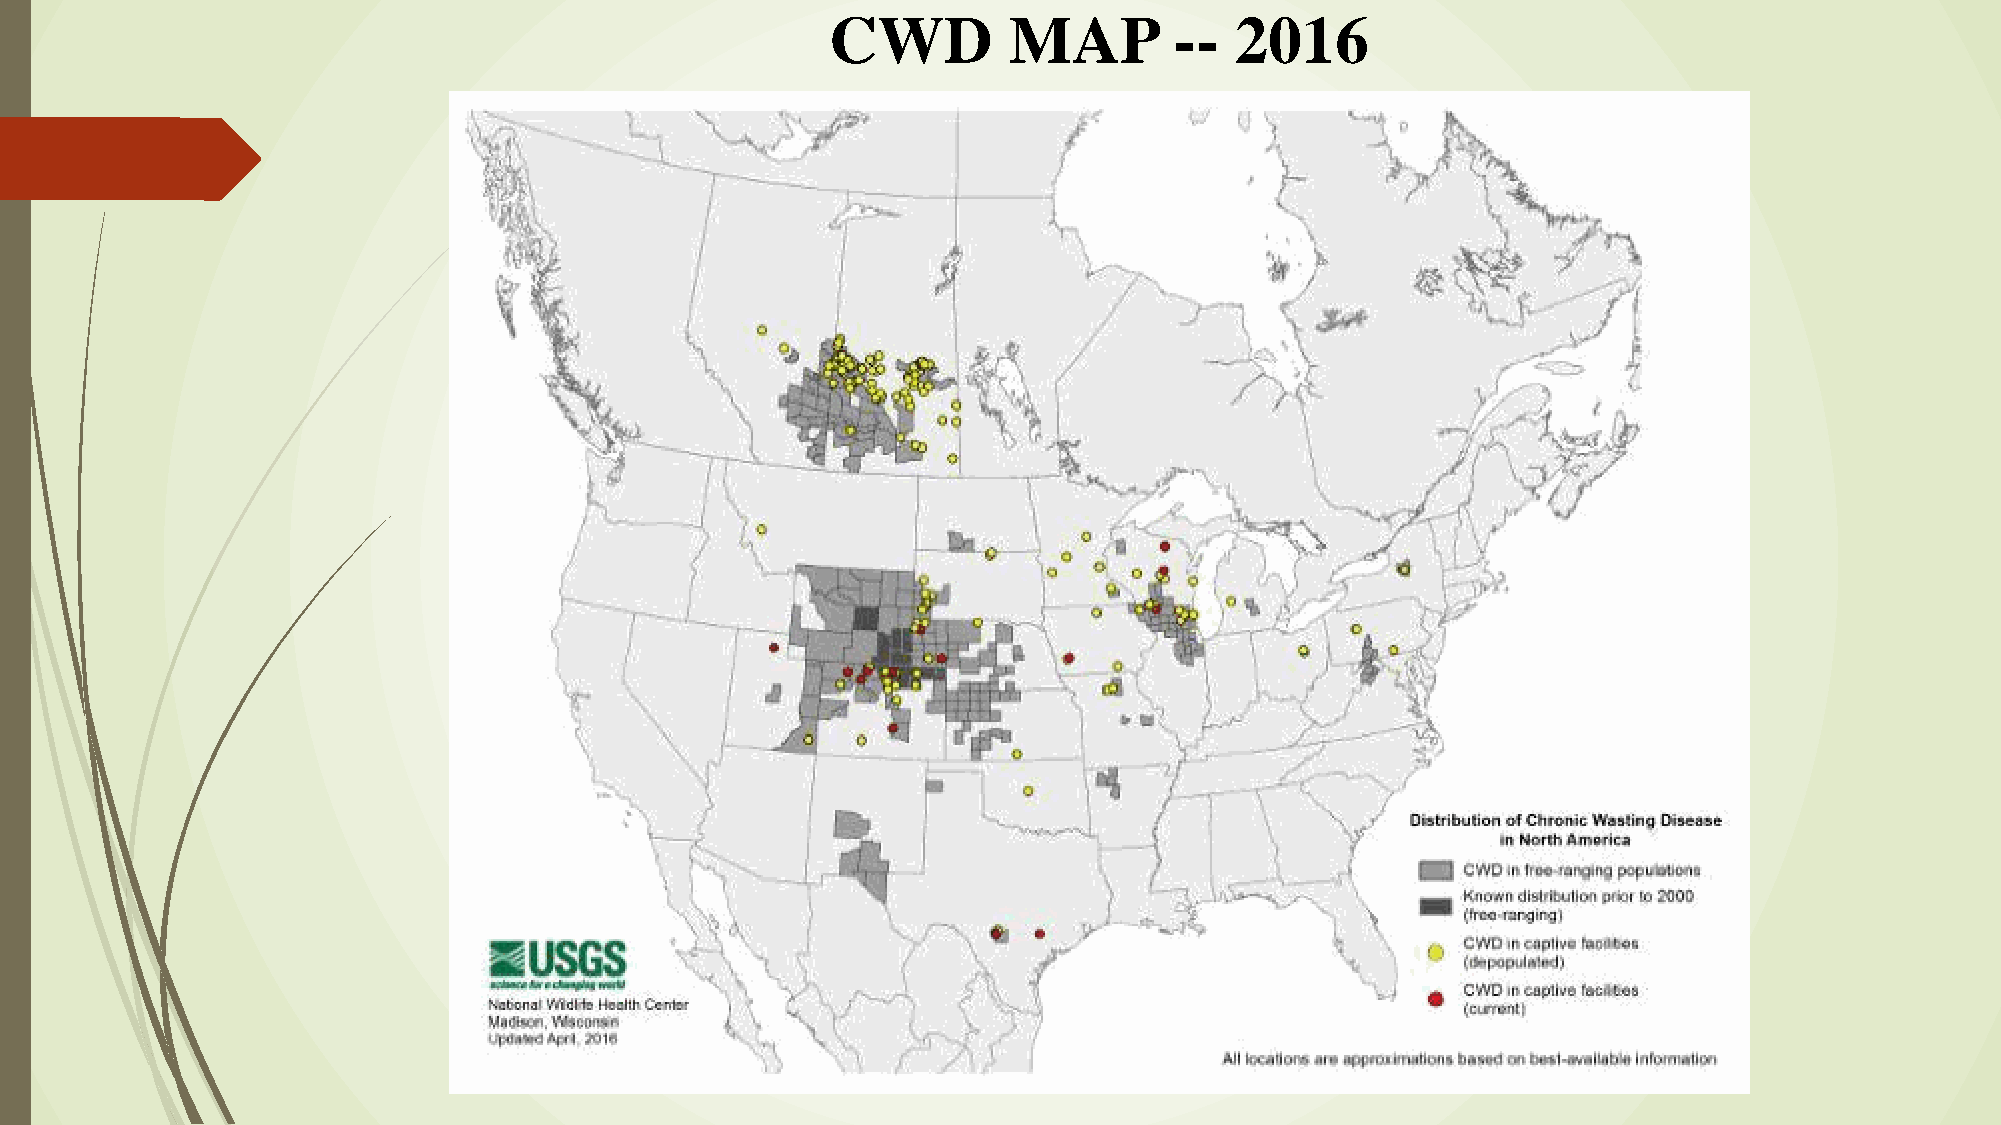
CWD         MAP        --  2016